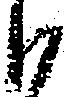
も